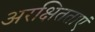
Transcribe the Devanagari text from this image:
अरक्षितताएं